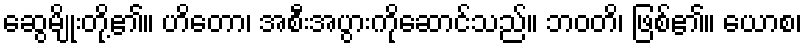
ဆွေမျိုးတို့၏။ ဟိတော၊ အစီးအပွားကိုဆောင်သည်။ ဘဝတိ၊ ဖြစ်၏။ ယောစ၊